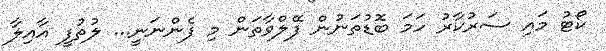
ކޯޓު މައި ސަރުކާރު ހަމަ ބޮޑުތަނުން ފޭލްވާތަން މި ފެންނަނީ... ލުތުފީ އާއިލާ